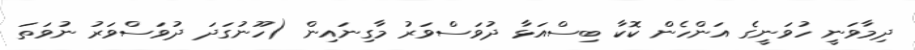
ދިމާވަނީ ހުވަނީގެ އަންހެން ކޮކާ ބިސްއަޅާ ދުވަސްވަރު މާގިނައިން (ހޫނުގަދަ ދުވަސްވަރު ނުވަތަ